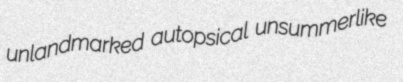
unlandmarked autopsical unsummerlike